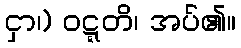
ငှာ၊) ဝဋ္ဋတိ၊ အပ်၏။